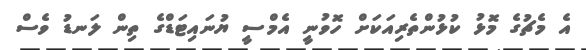
އެ މެޗުގެ މޮޅު ކުޅުންތެރިއަކަށް ހޮވުނީ އެމްސީ ޔުނައިޓަޑްގެ ތިން ލަނޑު ވެސް